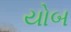
યોબ